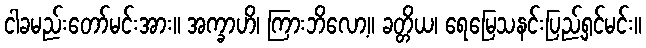
ငါခမည်းတော်မင်းအား။ အက္ခာဟိ၊ ကြားဘိလော့။ ခတ္တိယ၊ ရေမြေသနင်းပြည့်ရှင်မင်း။